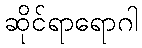
ဆိုင်ရာရောဂါ